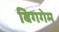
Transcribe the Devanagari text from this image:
बिगगेम